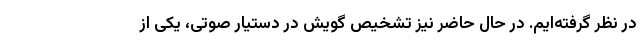
در نظر گرفته‌ایم. در حال حاضر نیز تشخیص گویش در دستیار صوتی، یکی از